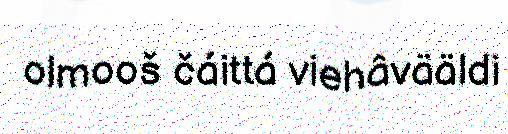
olmooš čáittá viehâvääldi